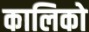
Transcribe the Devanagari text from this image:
कालिको